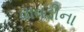
વાવડીના